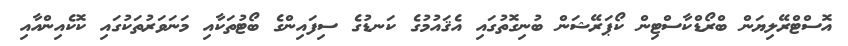
އޮސްޓްރޭލިޔަން ބްރޯޑްކާސްޓިން ކޯޕަރޭޝަން ބުނިގޮތުގައި އެޤައުމުގެ ކަނޑުގެ ސިފައިންގެ ބޯޓުތަކާއި މަނަވަރުތަކުގައި ކޮކެއިންއާއި